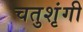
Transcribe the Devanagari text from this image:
चतुशृंगी